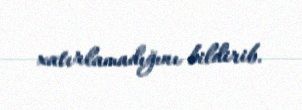
xatırlamadığını bildirib.